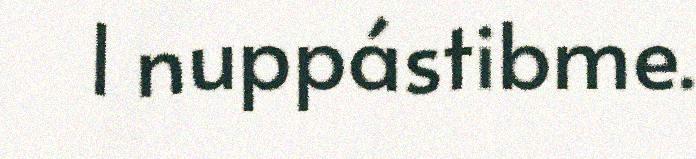
l nuppástibme.